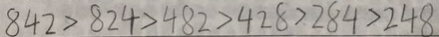
8 4 2 > 8 2 4 > 4 8 2 > 4 2 8 > 2 8 4 > 2 4 8